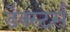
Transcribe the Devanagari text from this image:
डेक्स्टर्स